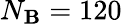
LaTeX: N_{\mathbf{B}}=120